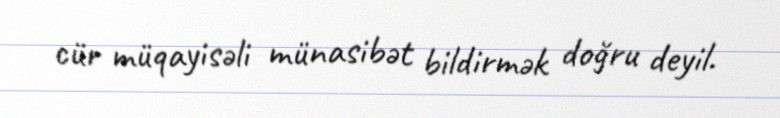
cür müqayisəli münasibət bildirmək doğru deyil.